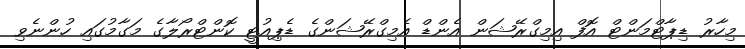
މިހާރު ޑިޕާޓްމަންޓް އޮފް އިމިގްރޭޝަން އެންޑް އެމިގްރޭޝަންގެ ޑެޕިއުޓީ ކޮންޓްރޯލާގެ މަގާމުގައި ހުންނެވި